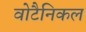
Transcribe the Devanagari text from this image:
वोटैनिकल